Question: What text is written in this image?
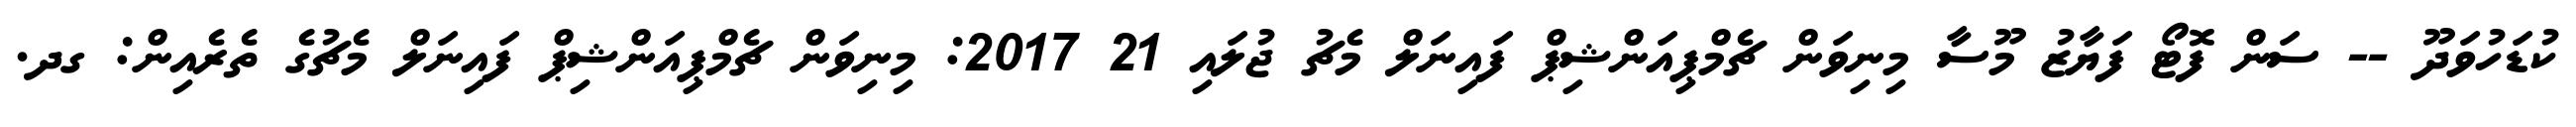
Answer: ކުޑަހުވަދޫ -- ސަން ފޮޓޯ ފަޔާޒު މޫސާ މިނިވަން ޗެމްޕިއަންޝިޕް ފައިނަލް މެޗު ޖުލައި 21 2017: މިނިވަން ޗެމްޕިއަންޝިޕް ފައިނަލް މެޗުގެ ތެރެއިން: ގދ.